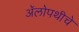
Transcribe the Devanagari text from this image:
अॅलोपथीचे